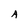
Character: A